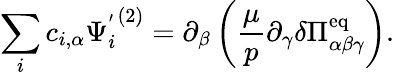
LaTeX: \sum_{i}c_{i,\alpha}{\Psi_{i}^{'}}^{(2)}=\partial_{\beta}\left(\frac{\mu}{p}\partial_{\gamma}\delta\Pi_{\alpha\beta\gamma}^{\mathrm{eq}}\right).